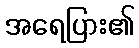
အရေပြား၏